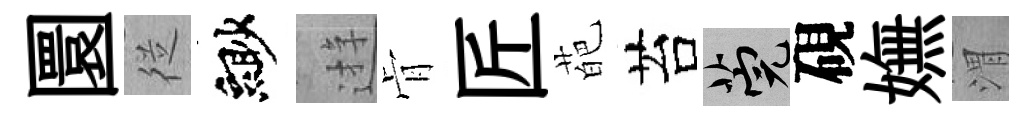
圜従緲逰肻匠葩苔筦硯嫵渭